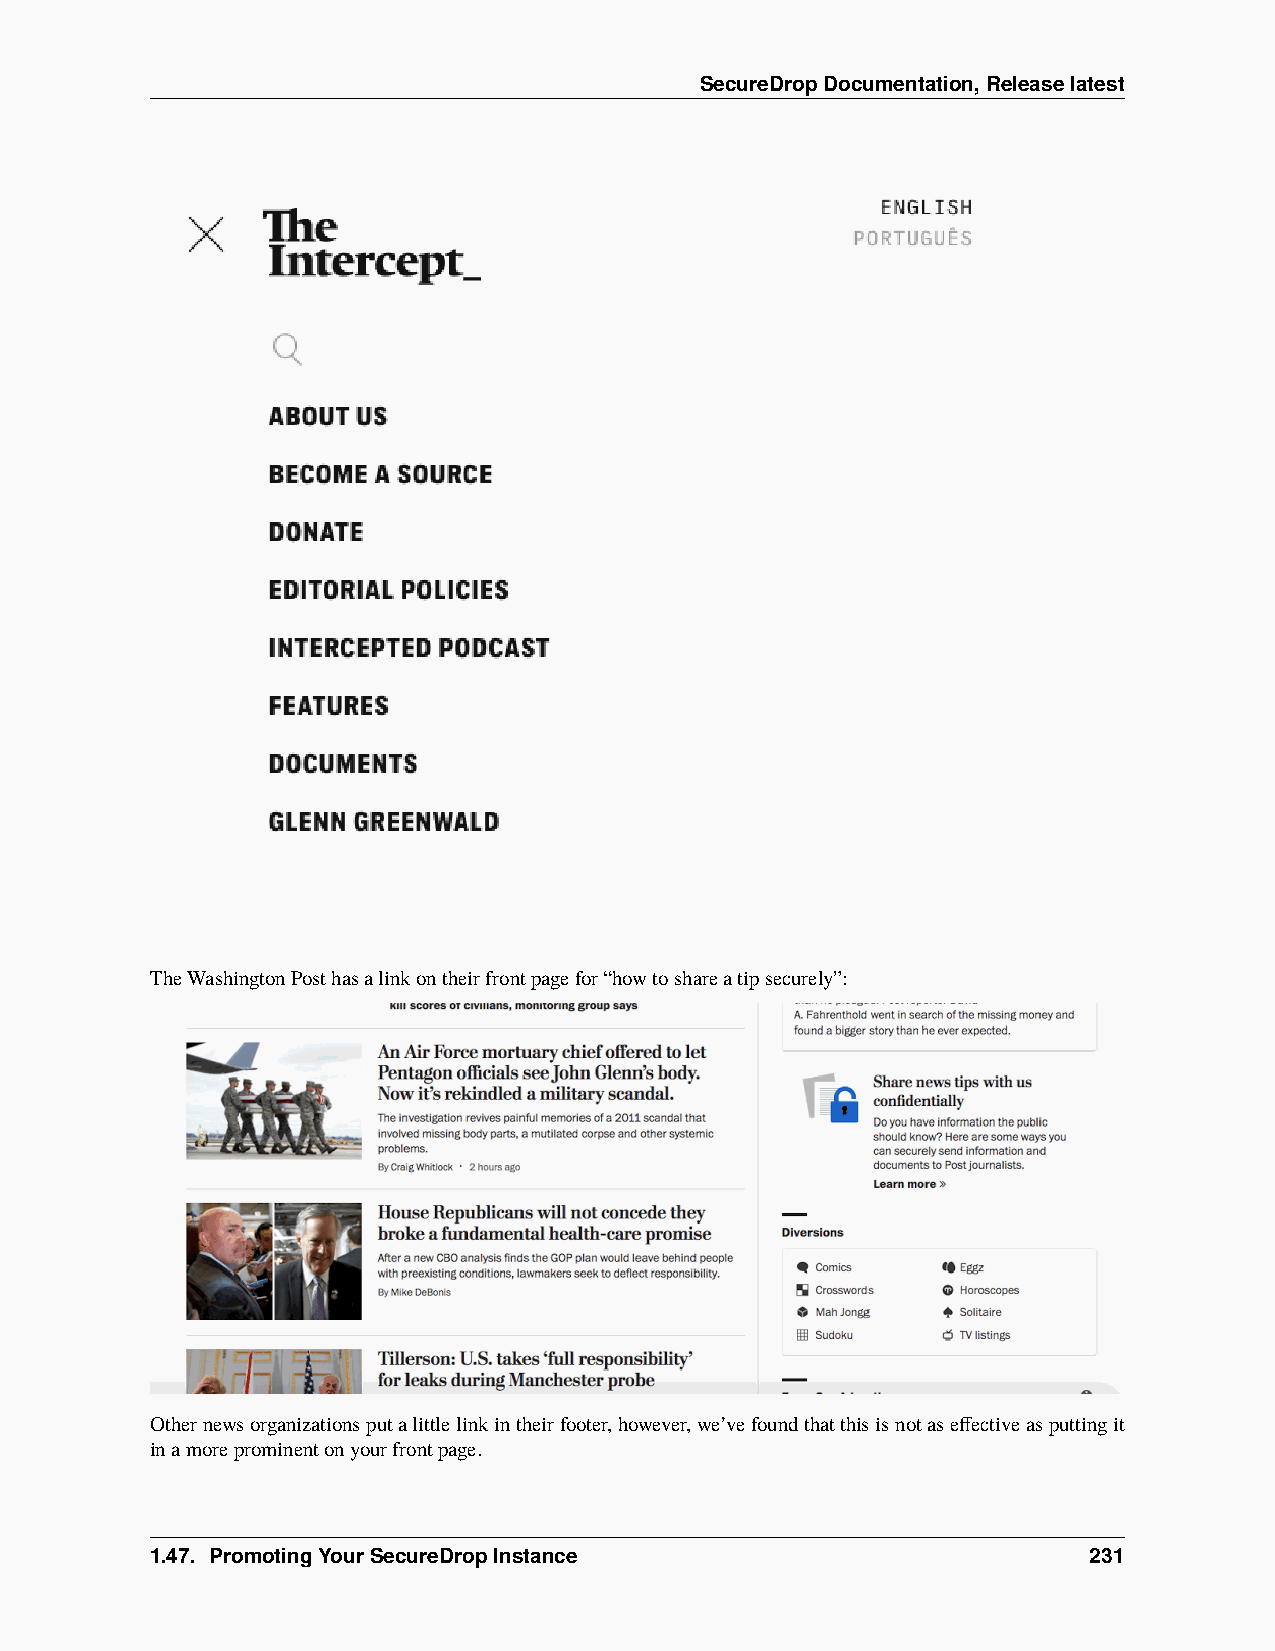
SecureDropDocumentation,Releaselatest
 TheWashingtonPosthasalinkontheirfrontpagefor“howtoshareatipsecurely”:
 Othernewsorganizationsputalittlelinkintheirfooter,however,we’vefoundthatthisisnotaseffectiveasputtingit
 inamoreprominentonyourfrontpage.
 1.47. PromotingYourSecureDropInstance                         231